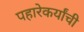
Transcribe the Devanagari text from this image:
पहारेकर्यांची